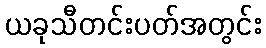
ယခုသီတင်းပတ်အတွင်း